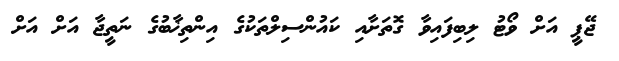
ޖޭޕީ އަށް ވޯޓު ލިބިފައިވާ ގޮތަށާއި ކައުންސިލްތަކުގެ އިންތިޚާބުގެ ނަތީޖާ އަށް އަށް